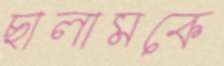
ছালামকে